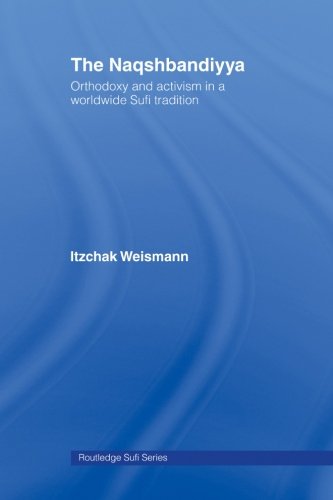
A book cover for The Naqshbandiyya: Orthodoxy and Activism in a Worldwide Sufi Tradition (Routledge Sufi Series); Itzchak Weismann; Religion & Spirituality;